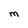
Character: M